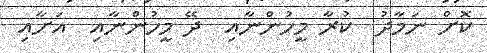
ކޮށް ނަމާދު  ކުރާ މީހުންނާއި  ދޭ މީހުންނާއި  އަށާއި